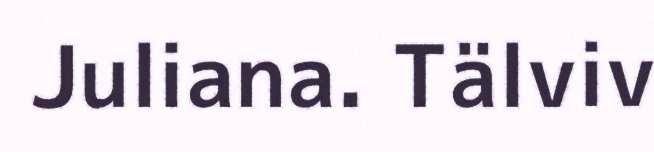
Juliana. Tälviv